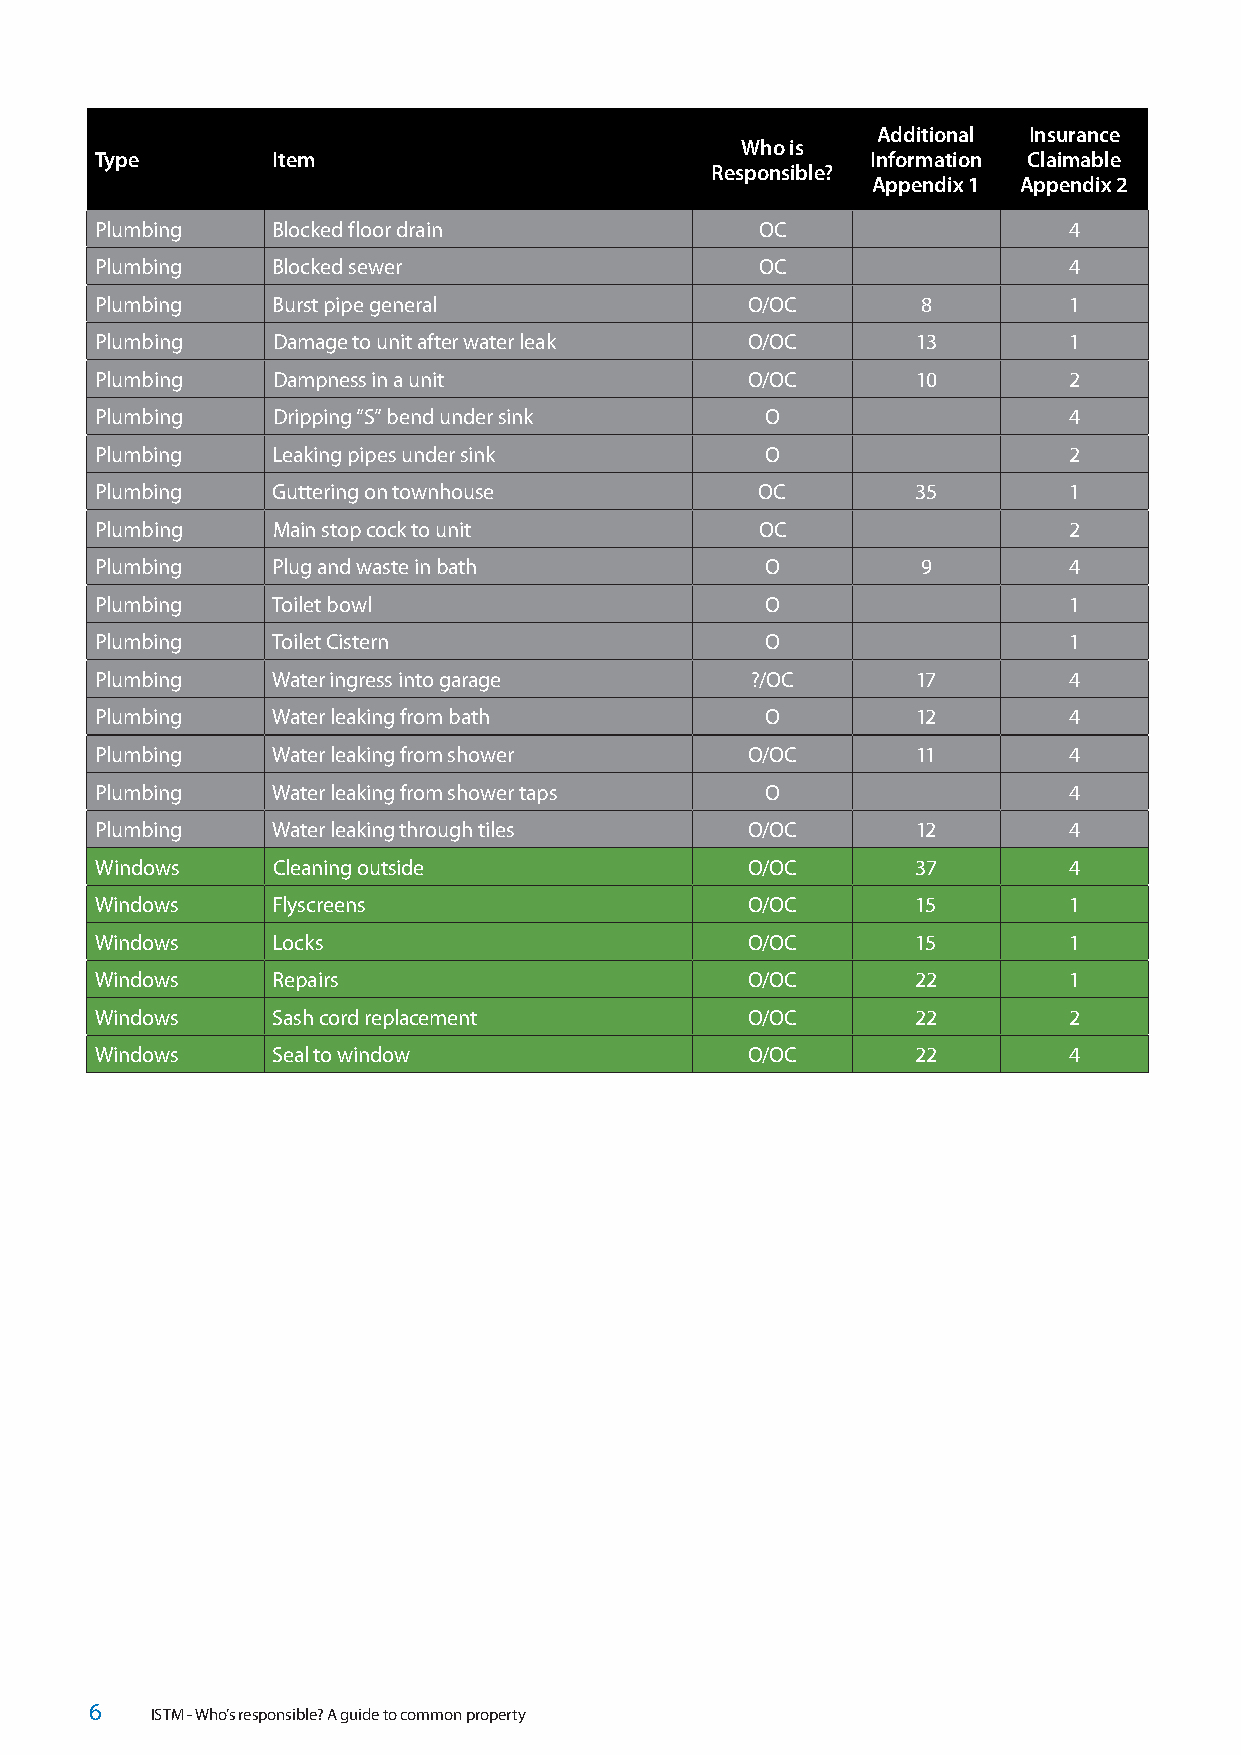
Additional Insurance
 Who is
 Type        Item                                    Information Claimable
 Responsible?
 Appendix 1 Appendix 2
 Plumbing    Blocked floor drain             OC                   4
 Plumbing    Blocked sewer                   OC                   4
 Plumbing    Burst pipe general             O/OC        8         1
 Plumbing    Damage to unit after water leak O/OC       13        1
 Plumbing    Dampness in a unit             O/OC        10        2
 Plumbing    Dripping “S” bend under sink     O                   4
 Plumbing    Leaking pipes under sink         O                   2
 Plumbing    Guttering on townhouse          OC         35        1
 Plumbing    Main stop cock to unit          OC                   2
 Plumbing    Plug and waste in bath           O         9         4
 Plumbing    Toilet bowl                      O                   1
 Plumbing    Toilet Cistern                   O                   1
 Plumbing    Water ingress into garage       ?/OC       17        4
 Plumbing    Water leaking from bath          O         12        4
 Plumbing    Water leaking from shower      O/OC        11        4
 Plumbing    Water leaking from shower taps   O                   4
 Plumbing    Water leaking through tiles    O/OC        12        4
 Windows     Cleaning outside               O/OC        37        4
 Windows     Flyscreens                     O/OC        15        1
 Windows     Locks                          O/OC        15        1
 Windows     Repairs                        O/OC        22        1
 Windows     Sash cord replacement          O/OC        22        2
 Windows     Seal to window                 O/OC        22        4
 6   ISTM - Who’s responsible? A guide to common property